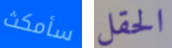
سأمكث الحقل